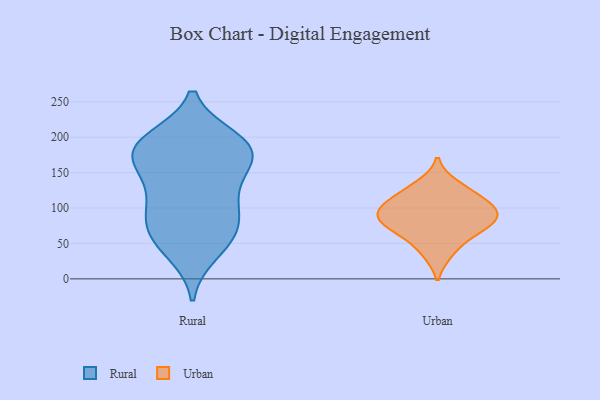
{"axis": {"x": "Shipments", "y": "Value"}, "legend": ["Rural", "Urban"], "data": [{"x": "", "y": 124, "type": "Rural"}, {"x": "", "y": 196, "type": "Rural"}, {"x": "", "y": 88, "type": "Rural"}, {"x": "", "y": 105, "type": "Rural"}, {"x": "", "y": 165, "type": "Rural"}, {"x": "", "y": 48, "type": "Rural"}, {"x": "", "y": 62, "type": "Rural"}, {"x": "", "y": 85, "type": "Rural"}, {"x": "", "y": 162, "type": "Rural"}, {"x": "", "y": 197, "type": "Rural"}, {"x": "", "y": 71, "type": "Rural"}, {"x": "", "y": 37, "type": "Rural"}, {"x": "", "y": 185, "type": "Rural"}, {"x": "", "y": 178, "type": "Rural"}, {"x": "", "y": 181, "type": "Rural"}, {"x": "", "y": 188, "type": "Rural"}, {"x": "", "y": 135, "type": "Rural"}, {"x": "", "y": 83, "type": "Urban"}, {"x": "", "y": 133, "type": "Urban"}, {"x": "", "y": 90, "type": "Urban"}, {"x": "", "y": 67, "type": "Urban"}, {"x": "", "y": 92, "type": "Urban"}, {"x": "", "y": 65, "type": "Urban"}, {"x": "", "y": 94, "type": "Urban"}, {"x": "", "y": 113, "type": "Urban"}, {"x": "", "y": 36, "type": "Urban"}, {"x": "", "y": 115, "type": "Urban"}]}